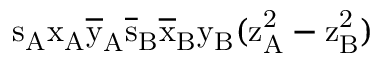
\mathrm { s _ { A } \mathrm { x _ { A } \mathrm { \overline { { y } } _ { A } \mathrm { \overline { { s } } _ { B } \mathrm { \overline { { x } } _ { B } \mathrm { y _ { B } ( \mathrm { z _ { A } ^ { 2 } - \mathrm { z _ { B } ^ { 2 } ) } } } } } } } }